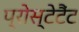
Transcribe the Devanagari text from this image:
प्रोस्टेटैंट